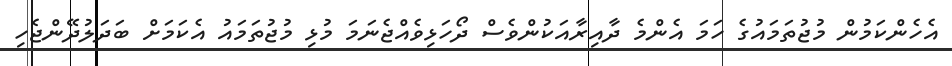
އެހެންކަމުން މުޖުތަމައުގެ ހަމަ އެންމެ ދާއިރާއަކުންވެސް ދޯހަޅިވެއްޖެނަމަ މުޅި މުޖުތަމައު އެކަމަށް ބަދަލުދޭންޖެހި